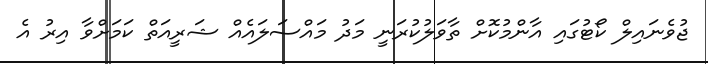
ޖުވެނައިލް ކޯޓުގައި އާންމުކޮށް ތާވަލުކުރަނީ މަދު މައްސަލައެއް ޝަރީއަތް ކަމަށްވާ އިރު އެ